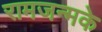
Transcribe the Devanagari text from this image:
रामजन्मके